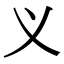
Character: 义